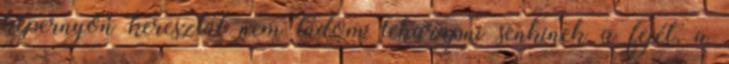
képernyőn keresztül nem tudom leharapni senkinek a fejét, a